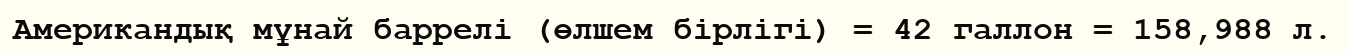
Американдық мұнай баррелі (өлшем бiрлiгi) = 42 галлон = 158,988 л.